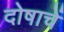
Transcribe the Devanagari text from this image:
दोषाचें